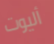
أليوت